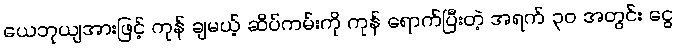
ယေဘုယျအားဖြင့် ကုန် ချမယ့် ဆိပ်ကမ်းကို ကုန် ရောက်ပြီးတဲ့ အရက် ၃၀ အတွင်း ငွေ